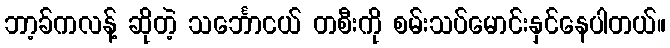
ဘာ့ခ်ကလန့် ဆိုတဲ့ သင်္ဘောငယ် တစီးကို စမ်းသပ်မောင်းနှင်နေပါတယ်။